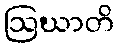
ဩဃာတိ